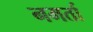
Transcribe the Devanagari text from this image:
नमर्ता